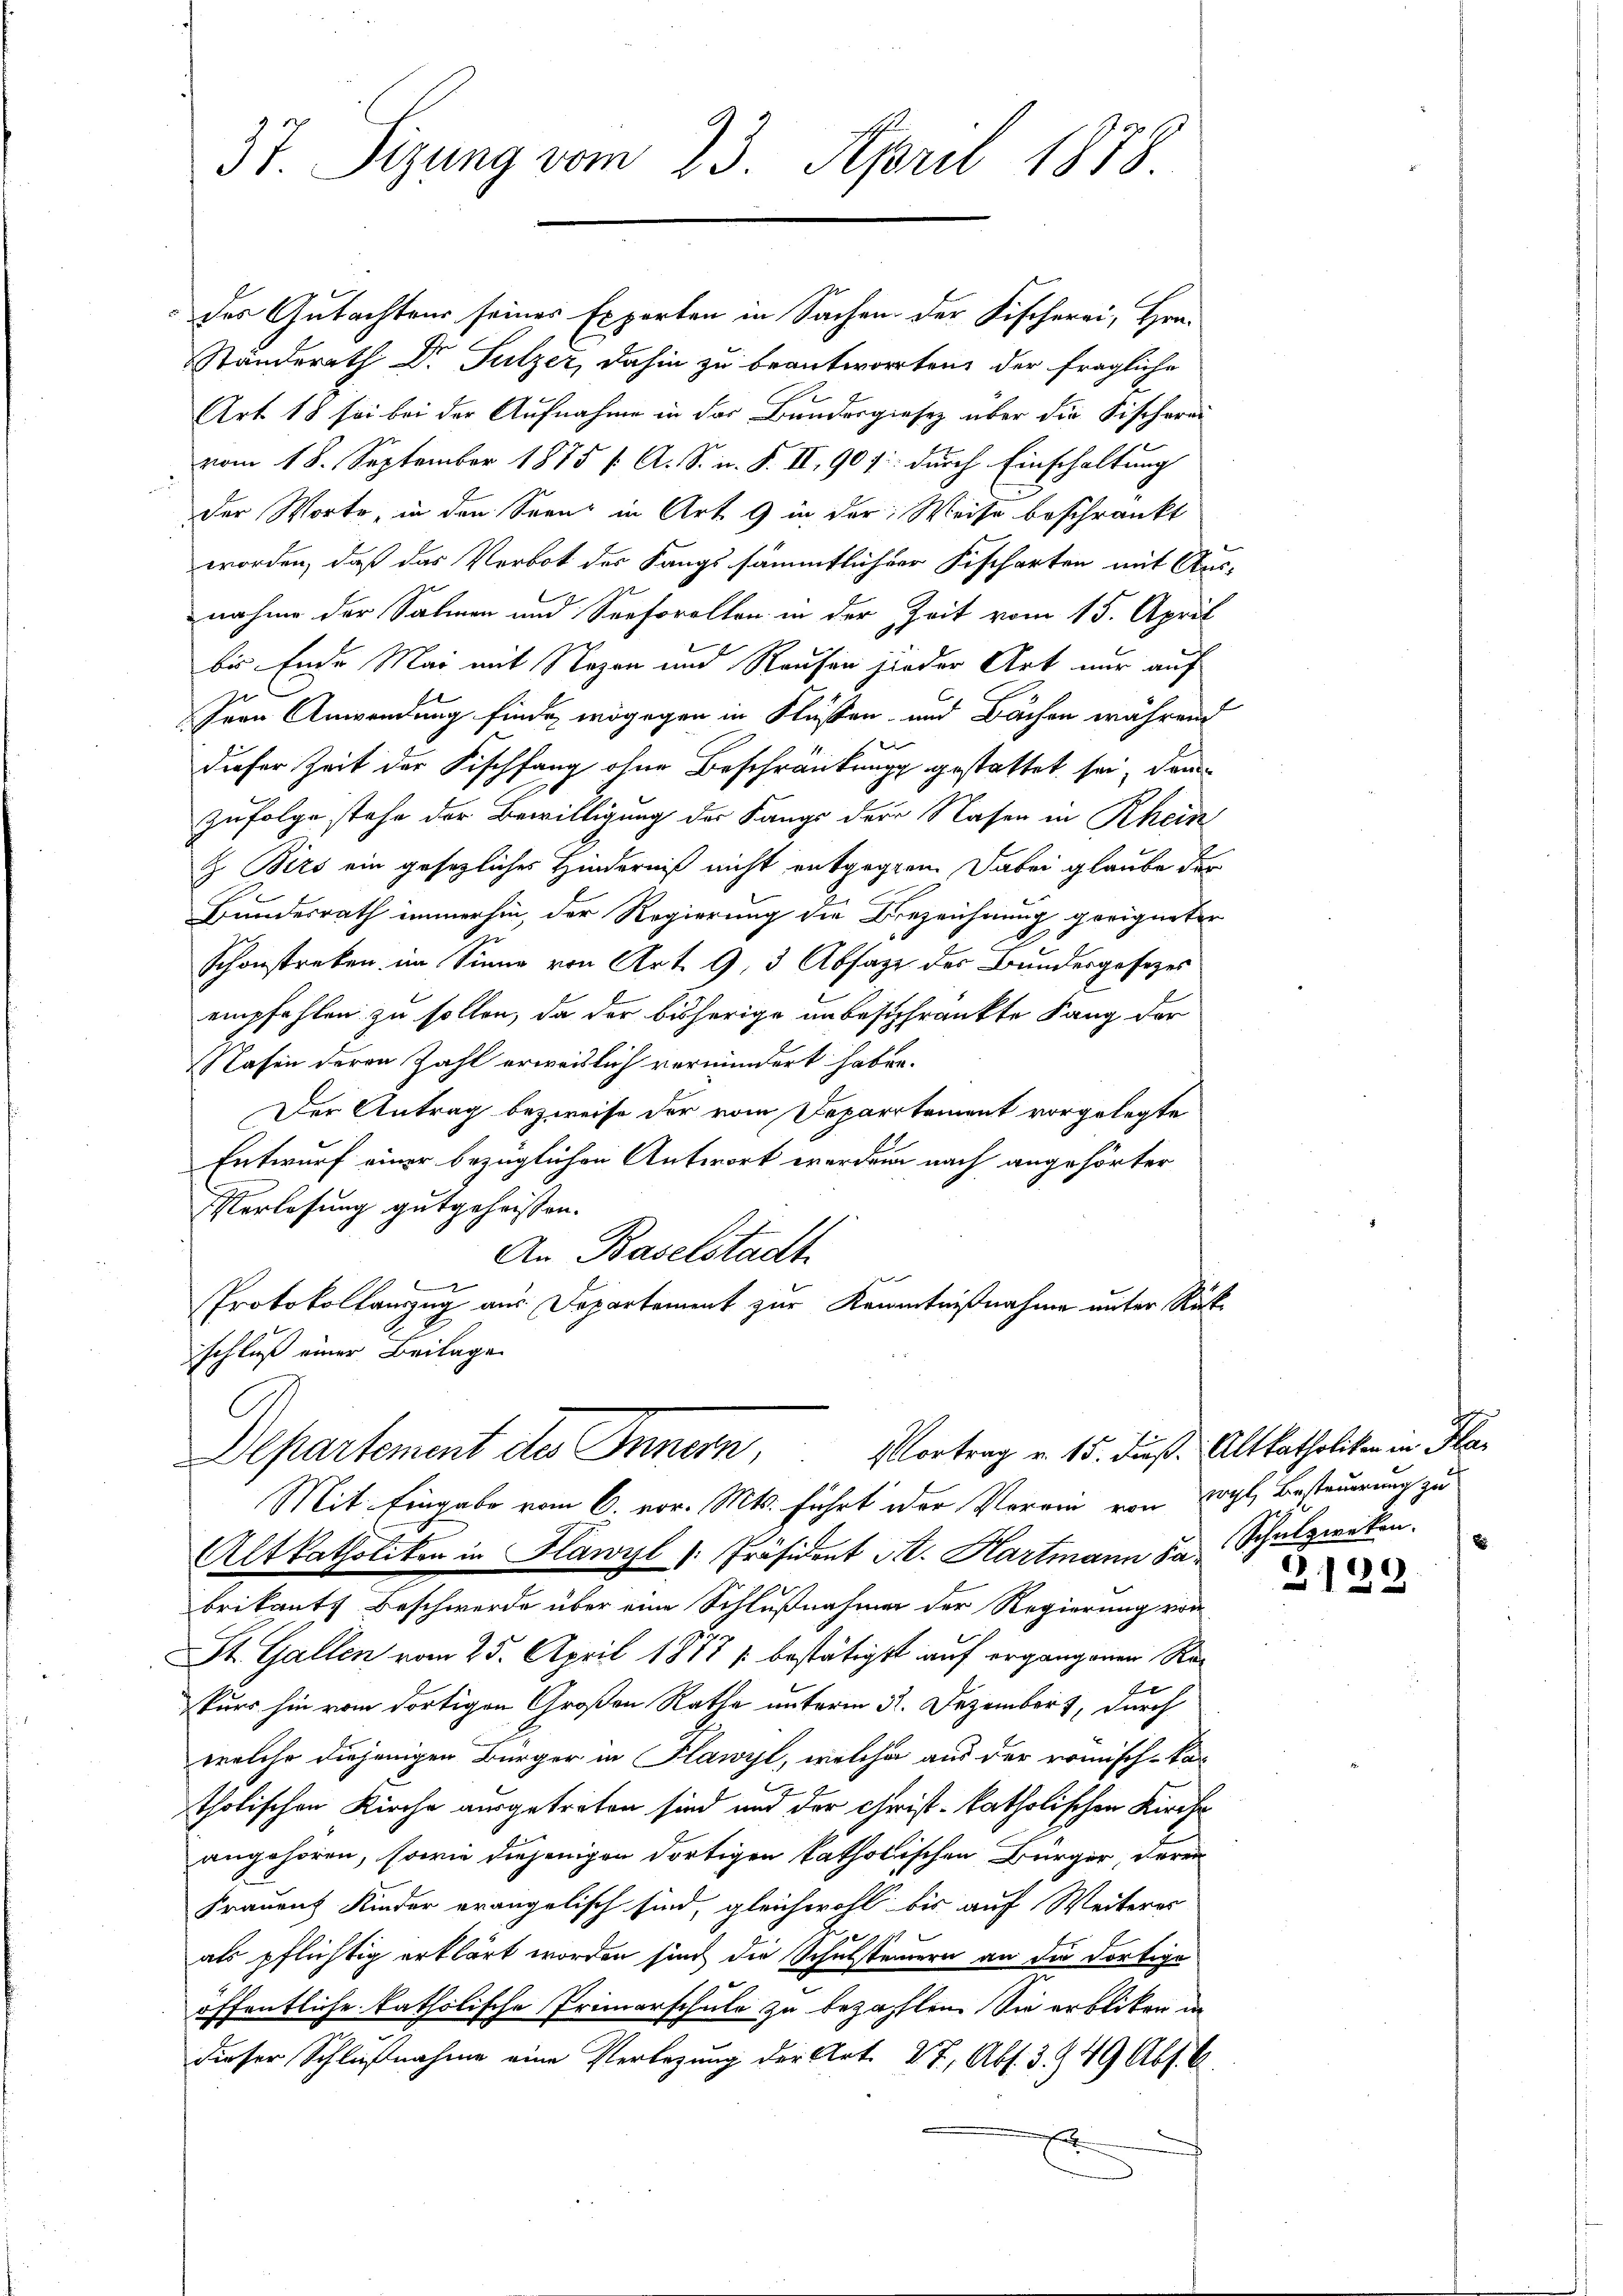
37. Sizung vom 23. April 1878.

des Gutachtens seines Experten in Sachen der Fischerei, Hrn.
Ständerath Dr Sulzer, dahin zu beantworten der fragliche
Art 18 sei bei der Aufnahme in der Bundergiesen über die Fischerei
vom 18. September 1875 f. A. S. n. F. II, 90 f: durch Einschaltung
der Worte, in den Seen in Art. 9 in der Weise beschränkt
worden, daß das Verbot der Langs sämmtlicher Fischarten mit Aus-
nahme der Salien und Seeforollen in der Zeit vom 15. April
bis Ende Mai mit Nazon und Raufen jeder Art nur auf
Hern Anwendung finde, wogegen in Flüssen- und Bachen während
dieser Zeit der Fischfang ohne Beschränkung gestattet sei, dann
zufolge stehe der Bewilligung des Sangs der Nasen in Rhein
Z Birs ein gesezliches Hinderniß nicht entgegenen dabei glaube der
Bundesrath immerhin, der Regierung die Bezeichnung geeigneten
Schönstreken im Sinne von Art. 9, 3 Absatz der Bundesgesezes
empfehlen zu sollen, da der bisherige unbeschränkte Lang der
Nasen deren Zahl erweislich vermindert haben.
Der Antrag bezweife der vom Departement vorgelegte
Entwurf einer bezüglichen Antwort werden nach angehörter
Verlesung gutgeheissen.
An Baselstadt
e
Protokollauszug aus Departement zur Kenntnißnahme unter Rückschluß einer Beilage
Departement des Innern, Vortrag v. 15. Fuß. Altkatholiken in Fla
Mit Eingabe vom 6. vor. Mts. führt der Verein von Vogl, Besteuerung zu
Altkatholiken in Flawyl [Präsident St. Hartmann da Schulzwerken.
brikants Beschwerde über eine Schlußnahmer der Regierung von
St. Gallen vom 25. April 1877 / bestätigst auf ergangenen Repurs hin vom dortigen Großen Rathe unterm 31. Dezember 1, durch
welche diejenigen Bürger in Flawyl, welche aus der römisch-kar
tholischen Kirche ausgetreten sind und der Christ-katholischen Kirche
angehören, sowie diejenigen dortigen katholischen Bürger, deren
Frauenz Kinder erangelisch sind, gleichwohl bis auf Weiteres
lat I 19
als pflichtig erklärt worden sind die Schulsteinern an die dortige
öffentliche katholische Primarschule zu bezahlen. Sie erbliten in
dieser Schlußnahme eine Verlegung der Art. 27, Abs. 3. 949 Abs. B.
E

)
213